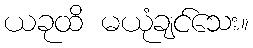
ယခုထိ မယုံချင်သေး။